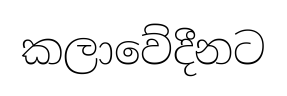
කලාවේදීනට